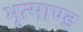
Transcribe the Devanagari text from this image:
भृत्माण्ड